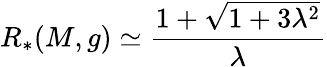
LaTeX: R_{*}(M,g)\simeq\frac{1+\sqrt{1+3\lambda^{2}}}{\lambda}